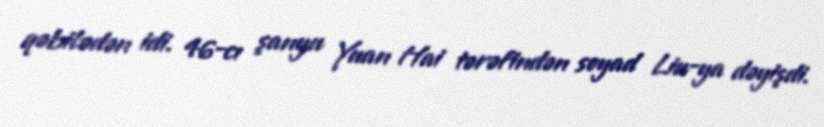
qəbilədən idi. 46-cı şanyu Yuan Hai tərəfindən soyad Liu-ya dəyişdi.